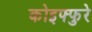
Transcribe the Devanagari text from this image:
कोइफ्फुरे